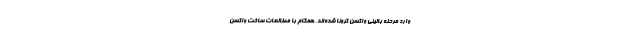
وارد مرحله بالینی واکسن کرونا شده‌اند. همگام با مطالعات ساخت واکسن